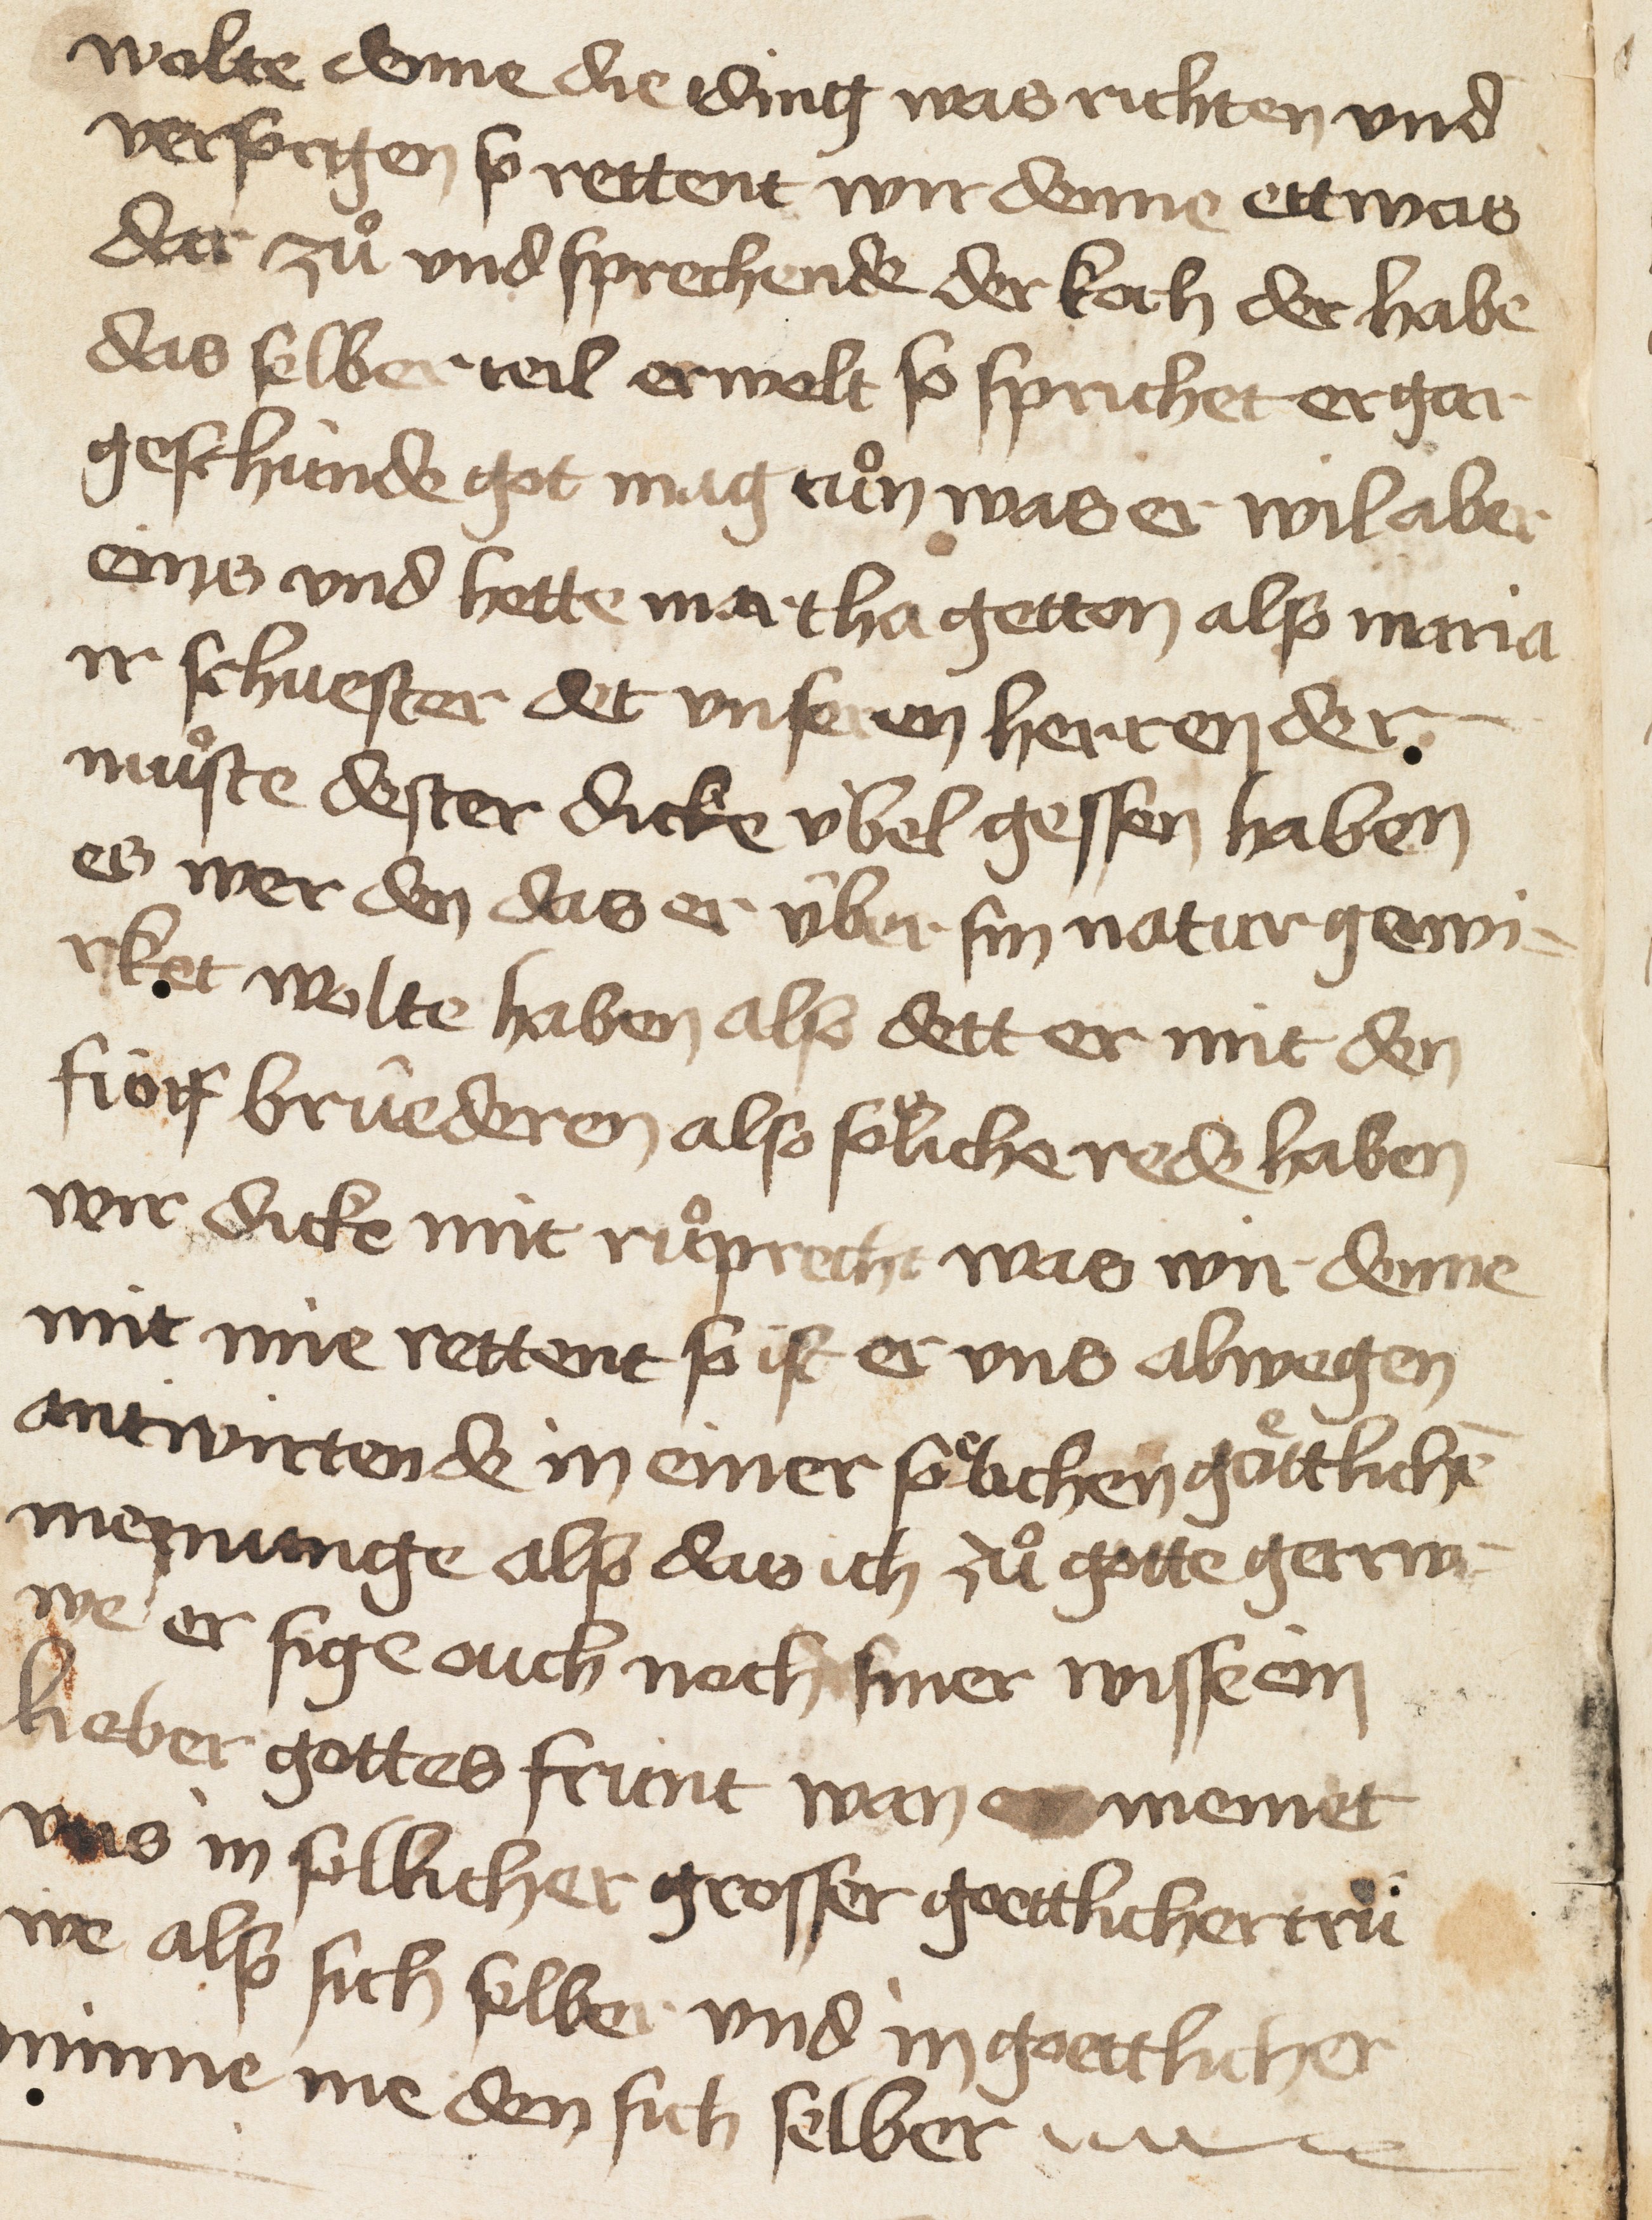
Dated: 1400–1499